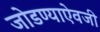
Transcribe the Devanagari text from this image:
जोडण्याऐवजी